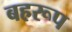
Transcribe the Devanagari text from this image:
बहरूप